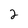
Character: 2